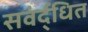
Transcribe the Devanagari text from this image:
सवंर्द्धित